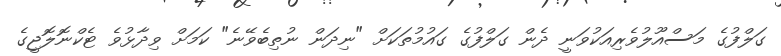
ގަލްފުގެ މަސްއޫލުވެރިއަކުވަނީ ދެން ގަލްފުގެ ގައުމުތަކަށް "ނިދަން ނުތިބެވޭނެ" ކަމަށް ވިދާޅުވެ ޓެކްނޮލޮޖީގެ